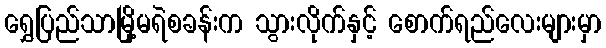
ရွှေပြည်သာမြို့မရဲစခန်းက သွားလိုက်နှင့် စောက်ရည်လေးများမှာ